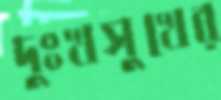
দুঃখসুখের